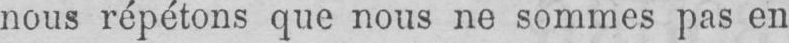
nous répétons que nous ne sommes pas en